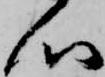
心